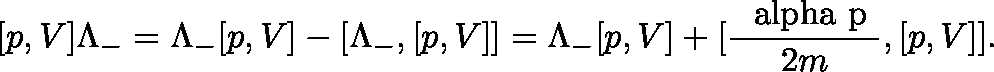
[ p , V ] \Lambda _ { - } = \Lambda _ { - } [ p , V ] - [ \Lambda _ { - } , [ p , V ] ] = \Lambda _ { - } [ p , V ] + [ \frac { \mathrm { \boldmath ~ \ a l p h a ~ p ~ } } { 2 m } , [ p , V ] ] .